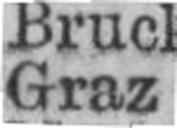
Graz